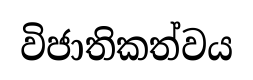
විජාතිකත්වය